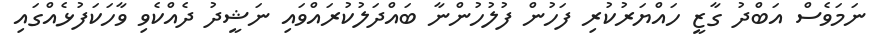
ނަމަވެސް އަބްދު ގާޒީ ހައްޔަރުކުރި ފަހުން ފުލުހުންނާ ބައްދަލުކުރައްވައި ނަޝީދު ދެއްކެވި ވާހަކަފުޅެއްގައި